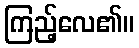
ကြည့်လေ၏။